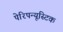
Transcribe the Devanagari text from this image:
पेरिपन्यूस्टिक